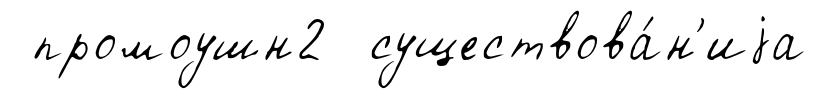
промоушн2 существова́н'иjа